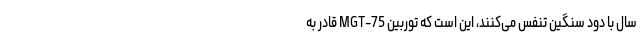
سال با دود سنگین تنفس می‌کنند، این است که‌ توربین MGT-75 قادر به